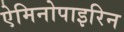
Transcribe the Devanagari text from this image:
ऐमिनोपाइरिन